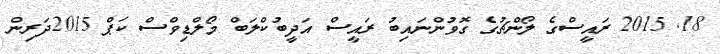
18